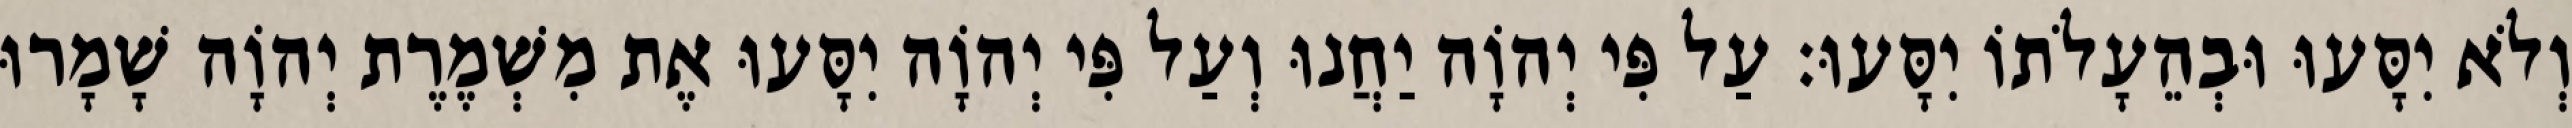
וְלֹא יִסָּעוּ וּבְהֵעָלֹתוֹ יִסָּעוּ׃ עַל פִּי יְהוָֹה יַחֲנוּ וְעַל פִּי יְהוָֹה יִסָּעוּ אֶת מִשְׁמֶרֶת יְהוָֹה שָׁמָרוּ